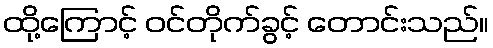
ထို့ကြောင့် ဝင်တိုက်ခွင့် တောင်းသည်။